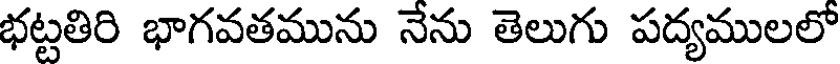
భట్టతిరి భాగవతమును నేను తెలుగు పద్యములలో